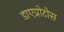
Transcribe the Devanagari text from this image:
डाएप्रोटोस